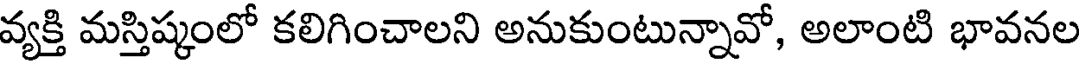
వ్యక్తి మస్తిష్కంలో కలిగించాలని అనుకుంటున్నావో, అలాంటి భావనల